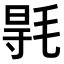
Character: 𣮊